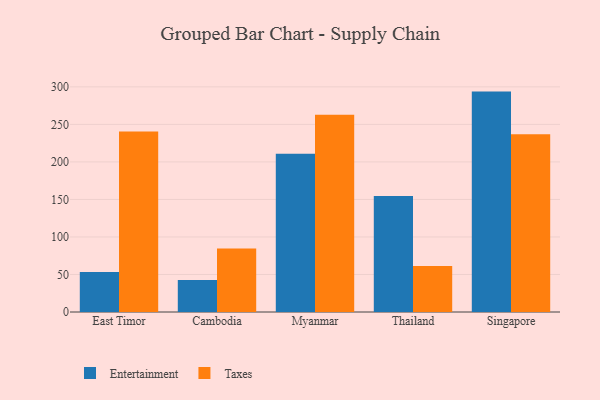
{"axis": {"x": "Country", "y": "Backlog"}, "legend": ["Entertainment", "Taxes"], "data": [{"x": "East Timor", "y": 53.2, "type": "Entertainment"}, {"x": "East Timor", "y": 240.5, "type": "Taxes"}, {"x": "Cambodia", "y": 42.7, "type": "Entertainment"}, {"x": "Cambodia", "y": 84.6, "type": "Taxes"}, {"x": "Myanmar", "y": 211.0, "type": "Entertainment"}, {"x": "Myanmar", "y": 263.0, "type": "Taxes"}, {"x": "Thailand", "y": 154.6, "type": "Entertainment"}, {"x": "Thailand", "y": 61.3, "type": "Taxes"}, {"x": "Singapore", "y": 293.7, "type": "Entertainment"}, {"x": "Singapore", "y": 236.7, "type": "Taxes"}]}